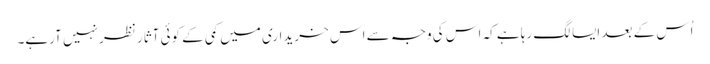
اُس کے بعد ایسا لگ رہا ہے کہ اس کی وجہ سے اس خریداری میں کمی کے کوئی آثار نظر نہیں آرہے۔